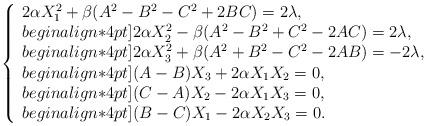
LaTeX: \begin{align*}\left\{\begin{array}{l} 2 \alpha X_1^2+\beta (A^2- B^2-C^2+2BC) =2\lambda, \\begin{align*}4pt]2 \alpha X_2^2-\beta(A^2-B^2+C^2-2AC)=2\lambda, \\begin{align*}4pt]2 \alpha X_3^2+\beta(A^2+B^2-C^2-2AB)=-2\lambda, \\begin{align*}4pt](A-B)X_3+2\alpha X_1X_2 =0, \\begin{align*}4pt](C-A)X_2-2\alpha X_1X_3 =0, \\begin{align*}4pt](B-C)X_1-2\alpha X_2X_3 =0.\end{array}\right.\end{align*}